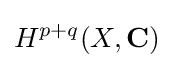
H^{p+q}(X,\mathbf {C} )